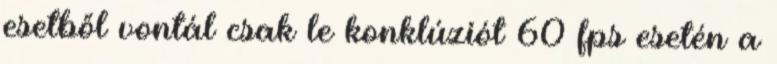
esetből vontál csak le konklúziót 60 fps esetén a